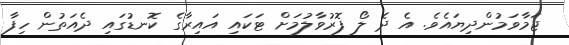
ޖަމާވަމުންދިޔައެވެ. އެ ދެ ލޯ ފޮރުވާލުމަށް ޓަކައި އައިރާގެ ކޮނޑުގައި ދެއަތުން ހިފާ